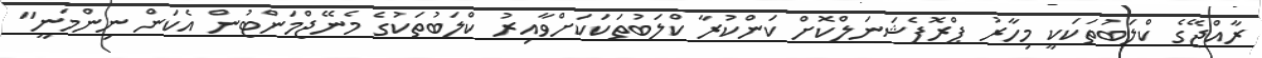
ރާއްޖޭގެ ކްލަބުތަކަކީ މިހާރު ޕްރޮފެޝަނަލްކޮށް ކަންކުރާ ކްލަބުތަކަކަށްވާއިރު ކްލަބުތަކުގެ މެނޭޖްމަންޓުން އެކަން ނިންމަނީ"